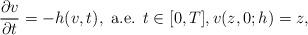
LaTeX: \begin{align*}\displaystyle\frac{\partial v}{\partial t}=-h(v,t),\mbox{ a.e. }t\in [0,T], v(z,0;h)=z,\end{align*}